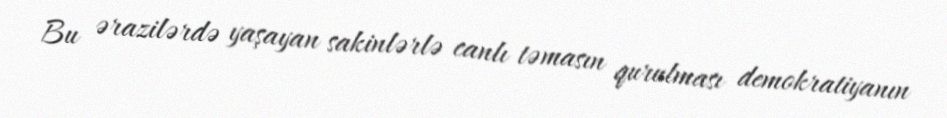
Bu ərazilərdə yaşayan sakinlərlə canlı təmasın qurulması demokratiyanın